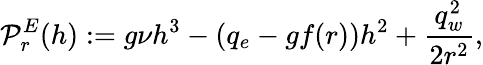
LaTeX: {\cal P}_{r}^{E}(h):=g\nu h^{3}-(q_{e}-gf(r))h^{2}+\displaystyle\frac{q_{w}^{2}}{2r^{2}},